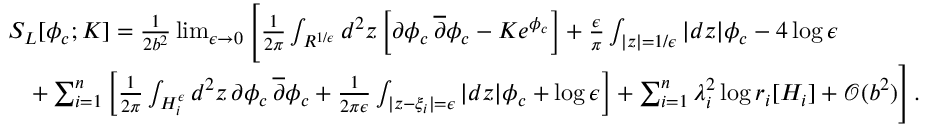
\begin{array} { r l } & { S _ { L } [ \phi _ { c } ; K ] = { \frac { 1 } { 2 b ^ { 2 } } } \operatorname* { l i m } _ { \epsilon \to 0 } \Bigg [ { \frac { 1 } { 2 \pi } } \int _ { R ^ { 1 / \epsilon } } d ^ { 2 } z \left[ \partial \phi _ { c } \, \overline { { \partial } } \phi _ { c } - K e ^ { \phi _ { c } } \right] + { \frac { \epsilon } { \pi } } \int _ { | z | = 1 / \epsilon } | d z | \phi _ { c } - 4 \log \epsilon } \\ & { \quad + \sum _ { i = 1 } ^ { n } \bigg [ { \frac { 1 } { 2 \pi } } \int _ { H _ { i } ^ { \epsilon } } d ^ { 2 } z \, \partial \phi _ { c } \, \overline { { \partial } } \phi _ { c } + { \frac { 1 } { 2 \pi \epsilon } } \int _ { | z - \xi _ { i } | = \epsilon } | d z | \phi _ { c } + \log \epsilon \bigg ] + \sum _ { i = 1 } ^ { n } \lambda _ { i } ^ { 2 } \log r _ { i } [ H _ { i } ] + \mathcal { O } ( b ^ { 2 } ) \Bigg ] \, . } \end{array}